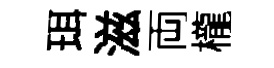
珥滋両櫳